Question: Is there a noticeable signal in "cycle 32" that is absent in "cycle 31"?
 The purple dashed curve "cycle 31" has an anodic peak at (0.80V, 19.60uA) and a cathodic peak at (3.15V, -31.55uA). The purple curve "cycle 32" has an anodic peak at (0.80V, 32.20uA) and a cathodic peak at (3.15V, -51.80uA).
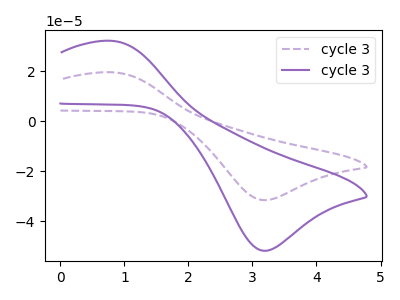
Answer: <think>All the peaks in "cycle 32" have a peak in "cycle 31" at the same potential. Every peak in "cycle 32" is higher than every peak in "cycle 31".
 </think>
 <answer>No, "cycle 32" and "cycle 31" don't appear to be significantly different in shape</answer>
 <eval>no_change</eval>